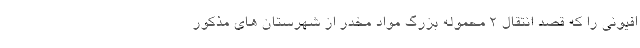
افیونی را که قصد انتقال 2 محموله بزرگ مواد مخدر از شهرستان های مذکور